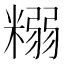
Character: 糑